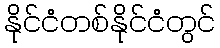
နိုင်ငံတစ်နိုင်ငံတွင်